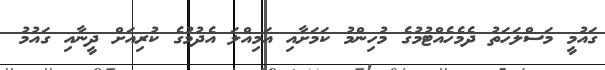
ގައުމީ މަސްލަހަތު ދެމެހެއްޓުމުގެ މުހިންމު ކަމަށާއި އަމިއްލަ އެދުމުގެ ކުރިއަށް ދީނާއި ގައުމު